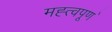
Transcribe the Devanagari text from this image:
मह्त्वपूण॑